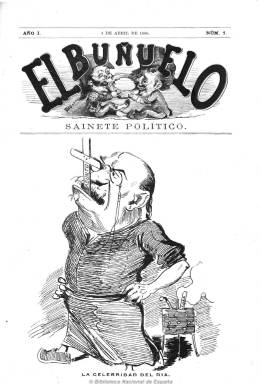
Título: El Buñuelo (Madrid)
Colección: Revistas satíricas y humorísticas || Periódicos
Ámbito geográfico: Madrid
Lugar de publicación: Madrid
Fechas: 04/04/1880-10/03/1881

Se le atribuye su fundación al escritor festivo y satírico madrileño Salvador María Granés (1840-1911), que usó el seudónimo Moscatel, apareciendo su primer número el cuatro de abril de 1880, en pleno gobierno del conservador Antonio Cánovas del Castillo y cuando Práxedes Mateo Sagasta acaba de fundar el Partido Liberal Fusionista, que un año después alcanzará el poder, en el primer ensayo de alternancia o turno de partidos de la Restauración. Es un periódico satírico y burlesco de marcado carácter político y antimonárquico, en el que destacarán las caricaturas de personajes del régimen, especialmente las trazadas por el dibujante republicano Eduardo Sojo (1849-1908), conocido por su seudónimo Demócrito, algunas de las cuales son litografiadas a doble página y a color, con la denominación de “cromos”.

Apareció dos días a la semana (jueves y domingo), y en otras ocasiones fue semanal (jueves), en entregas, generalmente, de ocho páginas, compuestas a dos columnas, saliendo de diversas imprentas, entre ellas la de Fortanet, pero siendo estampadas sus litografías en las de A. Forny o M. González, entre otras causas, quizá debido a los problemas que tuvo con la censura. Así, en su entrega número 10, de tres de junio, hace una advertencia sobre su elaboración tras la censura previa que había padecido por parte del gobernador civil, el conde de Heredia-Spínola.

Sus textos son de naturaleza variada, escritos tanto en prosa como en verso, y para los primeros se utilizan diversos géneros (artículo, narración, comedia, etc.), así como breves comentarios, algunos de ellos sobre los periódicos de la época, y todos en un radical estilo burlesco y satírico, referidos casi siempre a la situación política y gubernamental, aunque también a la actualidad literaria y teatral madrileña.

Se dice en la información administrativa de esta publicación -subtitulada “sainete político”-, que será “la más política, la más ilustrada, la más barata y la más conservadora de cuantas de este género han visto y ven la luz en nuestra patria y en las posesiones más o menos interinas”, añadiendo que “será de oposición permanente, mande quien mande (por abrigar el presentimiento de que han de tardar en subir los suyos)”.

También señala que es “redactado por varios jóvenes muy apreciados en sus respectivas casas”. Aunque sus textos carecen, generalmente, de firmas, entre sus redactores estuvieron el escritor y periodista anticlerical y antimonárquico José Nakens Pérez (1841-1926) y Juan Vallejo Larriaga. En su primer número, el escueto programa de la publicación aparece bajo la firma de Ramón de la Cruz Cano. La dirección de la revista es atribuida al escritor y periodista madrileño Eduardo de Lustonó (1849-1905), que usó el seudónimo Albillo. Éste, junto a Nakens y Vallejo dejan la redacción, haciéndose cargo de la dirección Francisco Bueno, a partir del número 48, de 27 de febrero de 1881, reduciendo sus páginas a la mitad y apareciendo jueves y domingos.

Además de caricaturas de políticos (en su primer número publica en la portada la de Cánovas, de una serie que titula Las celebridades del día), inserta otros dibujos humorísticos, especie de parodias, y entre sus ilustradores cuenta también con Alfredo Perea Rojas (1839.1895) o Manuel Luque de Soria (1854-1924). Siendo El Buñuelo una publicación en la que se advierte ya la modernidad que alcanzó en España este tipo de periodismo, la mayor parte de sus artífices literarios y artísticos participaron en las principales revistas satíricas y festivas de la Restauración.

El último número de la colección de este título en la Biblioteca Nacional de España es el 51, correspondiente al 10 de marzo de 1881, pero Cazotes (1982) da cuenta también del número 52, del 17 de marzo, por lo que su publicación se extendió apenas un año. Editó un Almanaque del Buñuelo para 1881, que también puede consultarse en esta Hemeroteca Digital de la BNE. Nakens y Vallejo, con la destacada participación de Demócrito, fundarán a continuación el famoso republicano y anticlerical El Motín (1881-1926).

Algunas imágenes cedidas por TECNODOC.